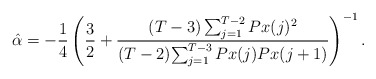
\begin{align*}\hat{\alpha}= - \frac{1}{4} \left( \frac{3}{2} + \frac{(T-3) \sum_{j=1} ^{T-2} { Px(j) ^2}}{ (T-2) {\sum_{j=1}^{T-3} { Px(j) Px(j+1)}}} \right)^{-1}.\end{align*}